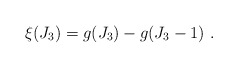
\begin{align*} \xi(J_3) = g(J_3)-g(J_3 - 1) ~.\end{align*}